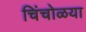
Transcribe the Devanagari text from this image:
चिंचोळया